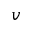
v